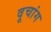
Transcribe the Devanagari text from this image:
वूचांग